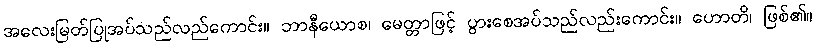
အလေးမြတ်ပြုအပ်သည်လည်ကောင်း။ ဘာနီယောစ၊ မေတ္တာဖြင့် ပွားစေအပ်သည်လည်းကောင်း။ ဟောတိ၊ ဖြစ်၏။